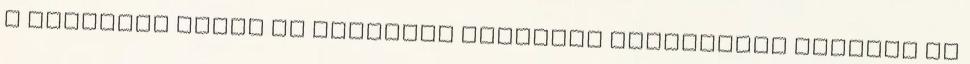
A gyomirtó szert az amerikai hadsereg Vietnamban vetette be